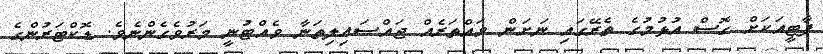
ޕާޓީއަކަށް ގޮސް އުޅުމުގެ ތެރޭގައި ނަށަން ވައްތަރެއް ޖައްސައިލިތަނާ ވެއްޓުނީ މަރުވެގެންނެވެ. ޑޮކްޓަރުންގެ